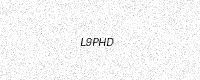
Text: L9PHD